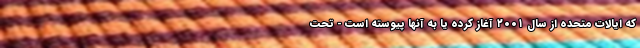
که ایالات متحده از سال ۲۰۰۱ آغاز کرده یا به آنها پیوسته است - تحت